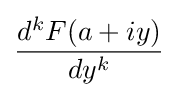
{\frac {d^{k}F(a+iy)}{dy^{k}}}